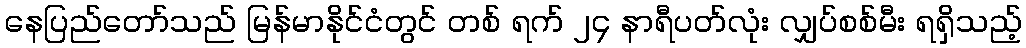
နေပြည်တော်သည် မြန်မာနိုင်ငံတွင် တစ် ရက် ၂၄ နာရီပတ်လုံး လျှပ်စစ်မီး ရရှိသည့်